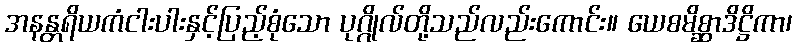
အနန္တရိယကံငါးပါးနှင့်ပြည့်စုံသော ပုဂ္ဂိုလ်တို့သည်လည်းကောင်း။ ယေစမိစ္ဆာဒိဋ္ဌိကာ၊